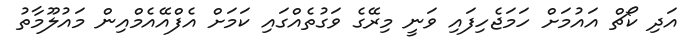
އަދި ކޯޗް އައުމަށް ހަމަޖެހިފައި ވަނީ މިރޭގެ ވަގުތެއްގައި ކަަމަށް އެފްއޭއެމްއިން މައުލޫމާތު